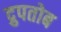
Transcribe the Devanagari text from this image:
द्रुपतोब